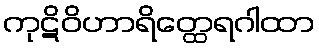
ကုဋိဝိဟာရိတ္ထေရဂါထာ